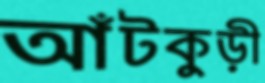
আঁটকুড়ী